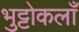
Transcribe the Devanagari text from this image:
भुट्टोकलाँ